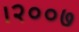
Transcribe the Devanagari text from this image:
।२००७